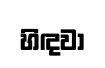
හිඳවා